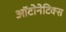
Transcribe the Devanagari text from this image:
ऑटोनेटिक्स